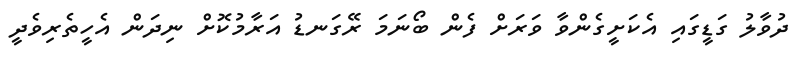
ދުވާލު ގަޑީގައި އެކަށީގެންވާ ވަރަށް ފެން ބޯނަމަ ރޭގަނޑު އަރާމުކޮށް ނިދަން އެހީތެރިވެދީ